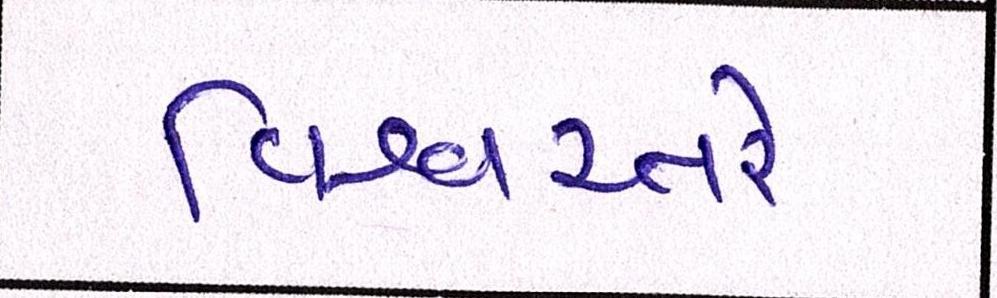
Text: વિશ્વસ્તરે